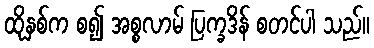
ထိုနှစ်က စ၍ အစ္စလာမ် ပြက္ခဒိန် စတင်ပါ သည်။